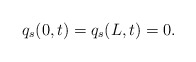
\begin{align*}q_{s}(0,t) = q_{s}(L,t) = 0.\end{align*}